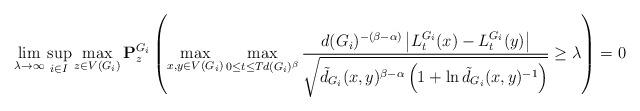
LaTeX: \begin{align*}\lim_{\lambda\rightarrow\infty}\sup_{i\in I}\max_{z\in V(G_i)}\mathbf{P}^{G_i}_z\left(\max_{x,y\in V(G_i)}\max_{0\leq t\leq Td(G_i)^{\beta}}\frac{d(G_i)^{-(\beta-\alpha)}\left|L^{G_i}_{t}(x)-L_t^{G_i}(y)\right|}{\sqrt{\tilde{d}_{G_i}(x,y)^{\beta-\alpha}\left(1+\ln \tilde{d}_{G_i}(x,y)^{-1}\right)}}\geq \lambda\right)=0\end{align*}